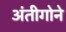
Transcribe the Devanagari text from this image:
अंतीगोने